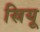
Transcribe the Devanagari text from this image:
स्रियू